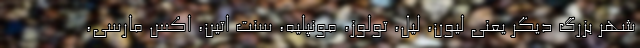
شهر بزرگ دیگر یعنی لیون، لیل، تولوز، مونپلیه، سنت اتین، اکس‌ مارسی،